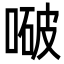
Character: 㗞